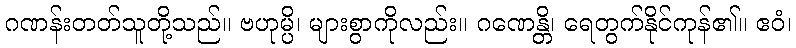
ဂဏန်းတတ်သူတို့သည်။ ဗဟုမ္ပိ၊ များစွာကိုလည်း။ ဂဏေန္တိ၊ ရေတွက်နိုင်ကုန်၏။ ဧဝံ၊